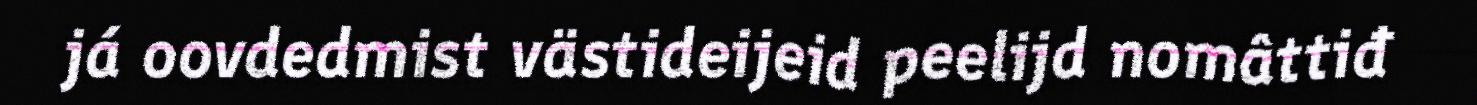
já oovdedmist västideijeid peelijd nomâttiđ